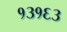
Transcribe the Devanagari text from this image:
१३१६३